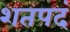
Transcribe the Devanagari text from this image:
शतपदं